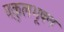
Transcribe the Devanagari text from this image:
वकुलभूषण